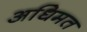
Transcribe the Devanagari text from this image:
अधिमत